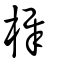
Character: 樨